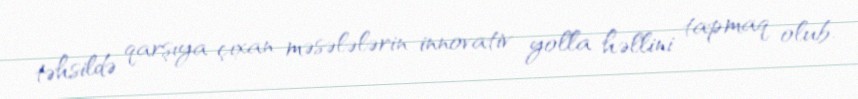
təhsildə qarşıya çıxan məsələlərin innovativ yolla həllini tapmaq olub.